Annual report on the working of the mental hospitals in the Madras Presidency - 1912-1932
Year: 1912
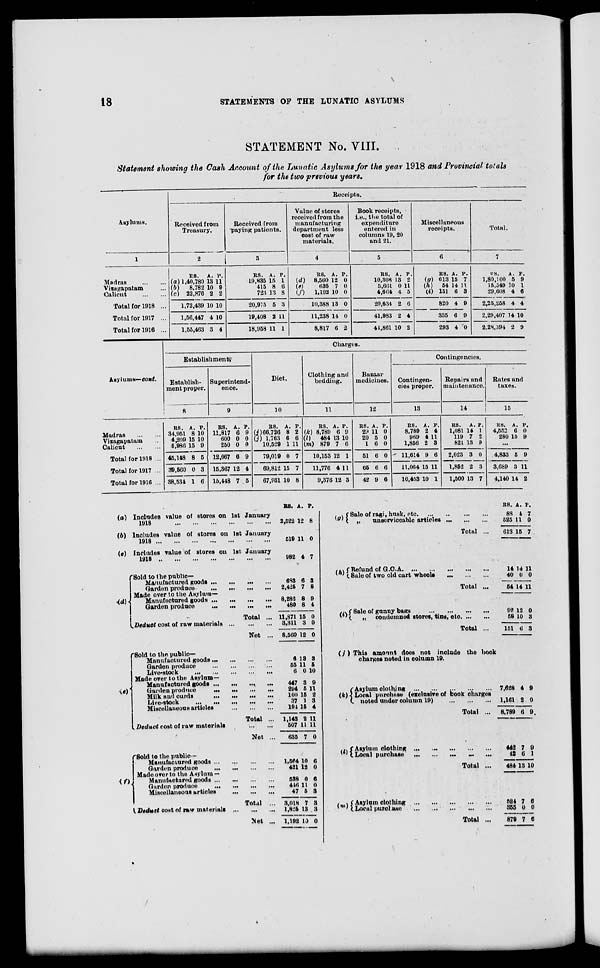
18
STATEMENTS OF THE LUNATIC ASYLUMS
STATEMENT No. VIII.
Statement showing the Cash Account of the Lunatic Asylums for the year 1918 and Provincial totals
for the two previous years.
Asylums.
1
Madras
...
...
Vizagapatam ...
Calicut ... ...
Total for 1918 ...
Total for 1917 ...
Total for 1916 ...
Receipts.
Received from
Treasury.
2
RS.
(a) 1,40,780
(b)
8,782
(c) 22,876
1,72,439
1,56,447
1,55,463
A.
13
10
2
10
4
3
P.
11
9
2
10
10
4
Received from
paying patients.
3
RS.
19,835
415
723
20,975
19,408
18,958
A.
15
8
13
5
2
11
P.
1
6
8
3
11
1
Value of stores
received from the
manufacturing
department less
cost of raw
materials.
4
RS.
(d)8,560
(c)635
(f)
1,192
10,388
11,238
8,817
A.
12
7
10
13
14
6
P.
0
0
0
0
0
2
Book receipts,
i.e., the total of
expenditure
entered in
columns 19, 20
and 21.
5
RS.
10,308
5,661
4,664
20,634
41,983
44,861
A.
13
0
4
2
2
10
P.
2
11
5
6
4
2
Miscellaneous
receipts.
6
RS.
(g)613
(h)
54
(i) 151
820
335
293
A.
15
14
6
4
6
4
P.
7
11 3
9
9
0
Total.
7
RS.
1,80,100
15,549
29,608
2,25,258
2,29,407
2,28,394
A.
5
10
4
4
14
2
P.
9
1
6
4
10
9
Asylums— cont.
Madras
...
...
Vizagapatam ...
Calicut
...
...
Total for 1918 ...
Total for 1917 ...
Total for 1916 ...
Charges.
Establishment
Establish-
ment proper.
8
RS.
34,951
4,209
5,986
45,148
39,560
38,534
A.
8
15
15
8
0
1
P.
10
10
9
5
3
6
Superintend-
ence.
9
RS.
11,817
600
250
12,667
15,367
15,448
A.
6
0
0
6
12
7
P.
9
0
0
9
4
5
Diet.
10
RS.
(j) 66,726
(j) 1,763
10,529
79,019
69,812
67,931
A.
8
6
1
0
15
10
P.
2
6
11
7
7
8
Clothing and
bedding.
11
RS.
(k) 8,789
(l)
484
(m) 879
10,153
11,776
9,376
A.
6
13
7
12
4
12
P.
9
10
6
1
11
3
Bazaar
medicines.
12
RS.
29
20
1
51
65
42
A.
11
5
6
6
6
9
P.
0
0
0
0
6
6
Contingencies.
Contingen-
cies proper.
13
RS.
8,789
969
1,856
11,614
11,064
10,453
A.
2
4
2
9
15
10
P.
4
11
3
6
11
1
Repairs and
maintenance.
14
RS.
1,081
119
821
2,023
1,862
1,500
A.
14
7
13
3
2
13
P.
1
2
9
0
3
7
Rates and
taxes.
15
RS.
4,552
280
A.
6
15
P.
0
9
...
4,833
3,689
4,140
5
3
14
9
11
2
(a)
(b)
(c)
(d)
Includes value of stores on 1st January
1918
...
...
...
...
...
...
Includes value of stores on 1st January
1918
...
...
...
...
...
...
...
Includes value of stores on 1st January
1918
...
...
...
...
...
...
...
Sold to the public—
Manufactured goods
...
...
...
...
Garden produce
...
...
...
...
Made over to the Asylum—
Manufactured goods
...
...
...
...
Garden produce
...
...
...
...
Total ...
Deduct cost of raw materials
...
...
...
Net ...
(e)
Sold to the public—
Manufactured goods
...
...
...
...
Garden produce
...
...
...
...
Live-stock ... ... ... ... ...
Made over to the Asylum—
Manufactured goods
...
...
...
...
Garden produce
...
...
...
...
Milk and curds ... ... ... ...
Live-stock ... ... ... ... ...
Miscellaneous articles ... ... ...
Total ...
Deduct cost of raw materials ... ...
Net ...
(f)
Sold to the public—
Manufactured goods
...
...
...
...
Garden produce ... ... ... ...
Made over to the Asylum —
Manufactured goods
...
...
...
...
Garden produce
...
...
...
...
Miscellaneous articles
...
...
...
Total ...
Deduct cost of raw materials
...
...
...
Net ...
RS.
2,522
519
982
A.
12
11
4
P.
8
0
7
683
2,425
6
7
3
8
8,282
480
11,871
3,311
8,560
8
8
15
3
12
9
4
0
0
0
6
55
6
13
11
0
3
5
10
447
294
100
37
194
1,143
507
635
3
5
15
1
15
2
11
7
9
11
2
3
4
11
11
0
1,564
421
10
12
6
0
538
446
47
3,018
1,825
1,192
0
11
5
7
13
10
6
0
3
3
3
0
(g)
Sale of ragi, husk,
etc.
...
...
...
...
„
unserviceable articles
...
...
...
Total ...
(h) Refund of G.C.A. ... ... ... ... ...
Sale of two old cart
wheels
...
...
...
Total ...
(i)
Sale of gunny bags ... ... ... ...
„ condemned stores, tins, etc. ... ...
Total ...
(j)
(k)
This amount does not include the book
charges noted in column 19.
Asylum clothing
...
...
...
...
...
Local purchase (exclusive of book charges
noted under column 19) ... ... ...
Total ...
(l)
Asylum
clothing
...
...
...
...
...
Local purchase
...
...
...
...
...
Total ...
(m)
Asylum clothing
...
...
...
...
...
Local purchase
...
...
...
...
...
Total ...
RS.
88
525
613
14
40
54
92
58
151
A.
4
11
15
14
0
14
12
10
6
P.
7
0
7
11
0
11
0
3
3
7,628
1,161
8,780
442
42
484
524
355
879
4
2
6
7
6
13
7
0
7
9
0
9
9
1
10
6
0
6